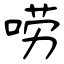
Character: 唠